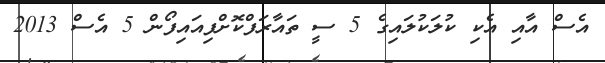
އެސް އާއި އެކި ކުލަކުލައިގެ 5 ސީ ތައާރަފްކޮށްފިއައިފޯން 5 އެސް 2013